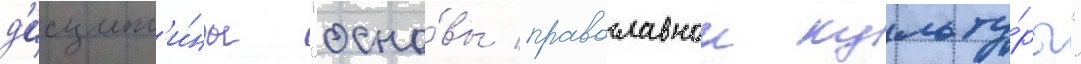
д'исципл'и́ны "осно́вы православнои культу́ры"